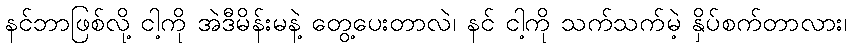
နင်ဘာဖြစ်လို့ ငါ့ကို အဲဒီမိန်းမနဲ့ တွေ့ပေးတာလဲ၊ နင် ငါ့ကို သက်သက်မဲ့ နှိပ်စက်တာလား၊